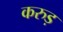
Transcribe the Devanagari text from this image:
करुड़